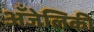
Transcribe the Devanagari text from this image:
अँजेलिकी